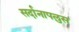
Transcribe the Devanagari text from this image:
सर्दानापलुस